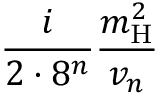
\frac { i } { 2 \cdot 8 ^ { n } } \frac { m _ { \mathrm { H } } ^ { 2 } } { v _ { n } }